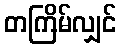
တကြိမ်လျှင်